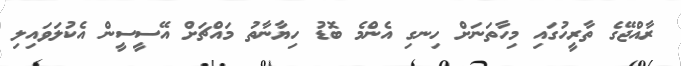
ރާއްޖޭގެ ތާރީހުގައި މިހާތަނަށް ހިނގި އެންމެ ބޮޑު ހިޔާނާތު މައްޗަށް އޭސީސީން އެކުލަވައިލި